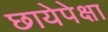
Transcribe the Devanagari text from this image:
छायेपेक्षा